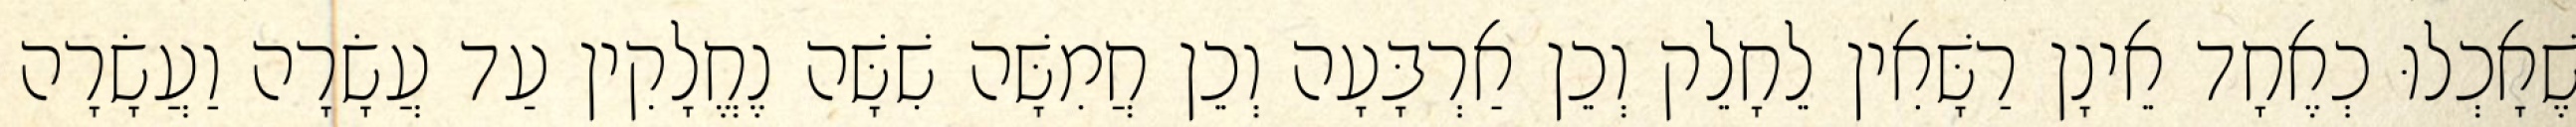
שֶׁאָכְלוּ כְאֶחָד אֵינָן רַשָּׁאִין לֵחָלֵק וְכֵן אַרְבָּעָה וְכֵן חֲמִשָּׁה שִׁשָּׁה נֶחֱלָקִין עַד עֲשָׂרָה וַעֲשָׂרָה